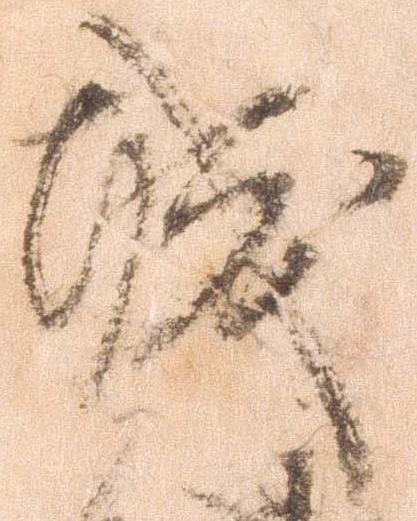
城